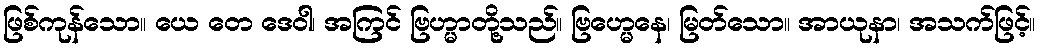
ဖြစ်ကုန်သော။ ယေ တေ ဒေဝါ၊ အကြင် ဗြဟ္မာတို့သည်။ ဗြဟ္မေနေ၊ မြတ်သော။ အာယုနာ၊ အသက်ဖြင့်။